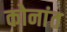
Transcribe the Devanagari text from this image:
कोनांत